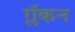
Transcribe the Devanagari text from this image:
ग्लॅकन